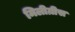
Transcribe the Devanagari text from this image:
मिलीग्रीस